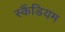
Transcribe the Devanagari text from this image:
स्कैंडियम